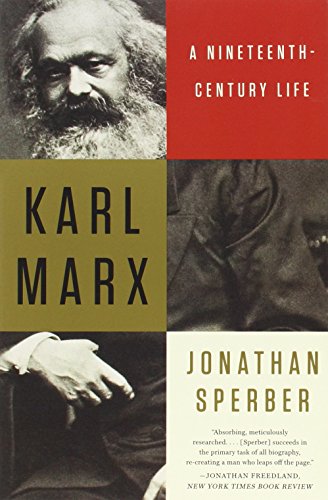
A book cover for Karl Marx: A Nineteenth-Century Life; Jonathan Sperber; Biographies & Memoirs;